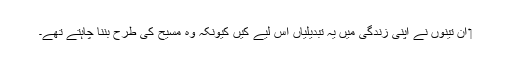
‏ اِن تینوں نے اپنی زندگی میں یہ تبدیلیاں اِس لیے کیں کیونکہ وہ مسیح کی طرح بننا چاہتے تھے۔